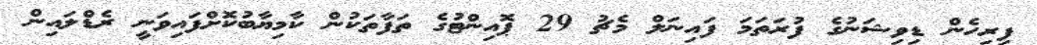
ފިރިހެން ޑިވިޝަނުގެ ފުރަތަމަ ފައިނަލް މެޗު 29 ޕޮއިންޓުގެ ތަފާތަކުން ކާމިޔާބުކޮށްފައިވަނީ ރެޑްލައިން